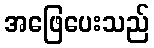
အဖြေပေးသည်